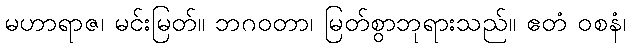
မဟာရာဇ၊ မင်းမြတ်။ ဘဂဝတာ၊ မြတ်စွာဘုရားသည်။ ဧတံ ဝစနံ၊